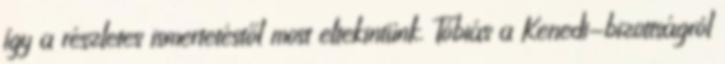
így a részletes ismertetéstől most eltekintünk. Tóbiás a Kenedi-bizottságról